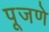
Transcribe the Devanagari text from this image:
पूजणे